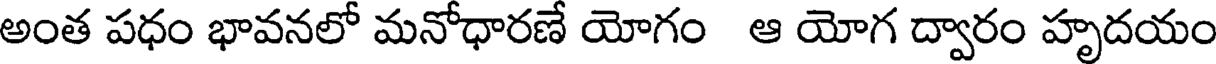
అంత పధం భావనలో మనోధారణే యోగం ఆ యోగ ద్వారం హృదయం